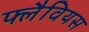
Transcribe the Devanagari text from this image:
फ्लैवियस